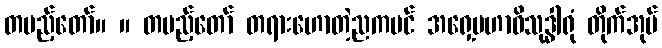
တပည့်တော်။ ။ တပည့်တော် တရားဟောတဲ့ညကပင် အရှေ့မဟာဝိသုဒ္ဓါရုံ တိုက်အုပ်